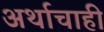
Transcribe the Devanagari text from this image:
अर्थाचाही